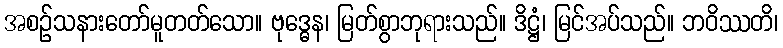
အစဉ်သနားတော်မူတတ်သော။ ဗုဒ္ဓေန၊ မြတ်စွာဘုရားသည်။ ဒိဋ္ဌံ၊ မြင်အပ်သည်။ ဘဝိဿတိ၊